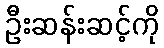
ဦးဆန်းဆင့်ကို